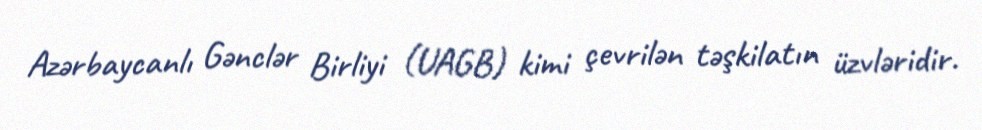
Azərbaycanlı Gənclər Birliyi (UAGB) kimi çevrilən təşkilatın üzvləridir.